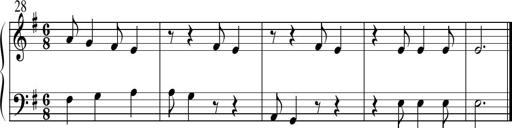
Title: Sonatine No.1 in E minor
Composer: Klaus Jung
Key: E minor